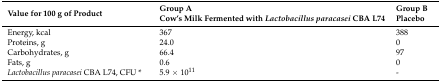
<table><thead><tr><td><b>Value for 100 g of Product</b></td><td><b>Group A Cow’s Milk Fermented with <i>Lactobacillus paracasei</i> CBA L74</b></td><td><b>Group B Placebo</b></td></tr></thead><tbody><tr><td>Energy, kcal</td><td>367</td><td>388</td></tr><tr><td>Proteins, g</td><td>24.0</td><td>0</td></tr><tr><td>Carbohydrates, g</td><td>66.4</td><td>97</td></tr><tr><td>Fats, g</td><td>0.6</td><td>0</td></tr><tr><td><i>Lactobacillus paracasei</i> CBA L74, CFU *</td><td>5.9 × 10<sup>11</sup></td><td>-</td></tr></tbody></table>